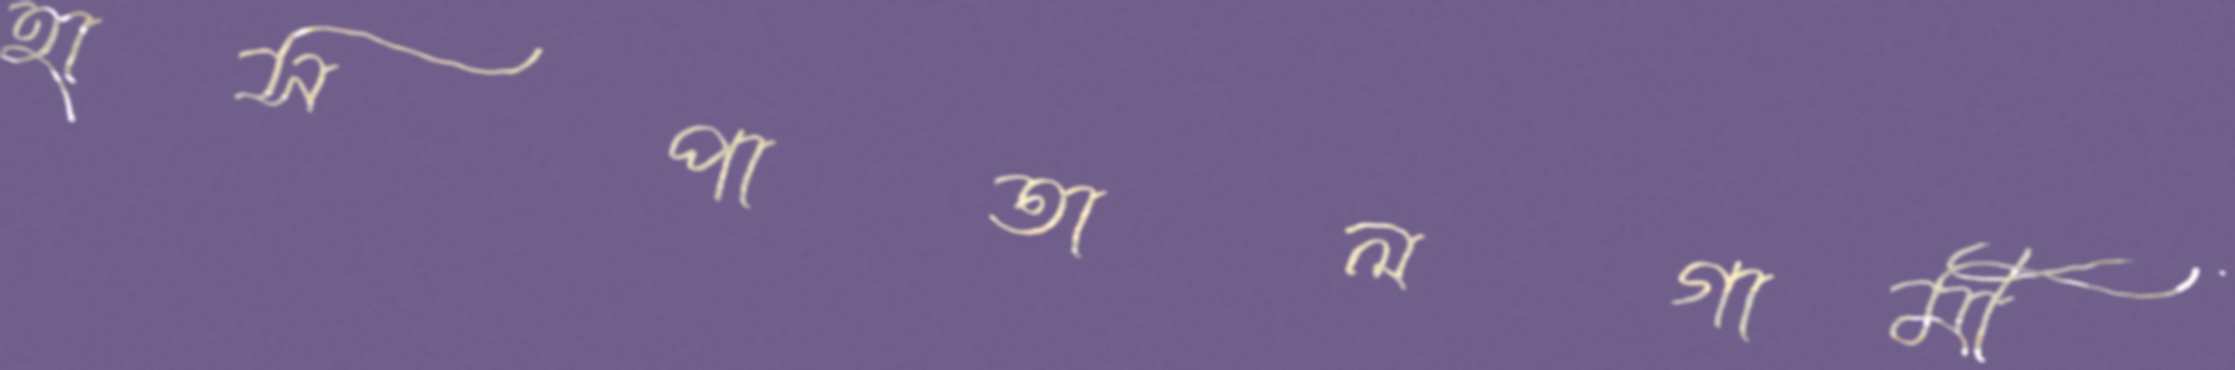
হাসপাতালগামী